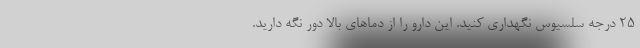
25 درجه سلسیوس نگهداری کنید. این دارو را از دماهای بالا دور نگه دارید.